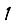
Digit: 1